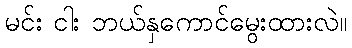
မင်း ငါး ဘယ်နှကောင်မွေးထားလဲ။